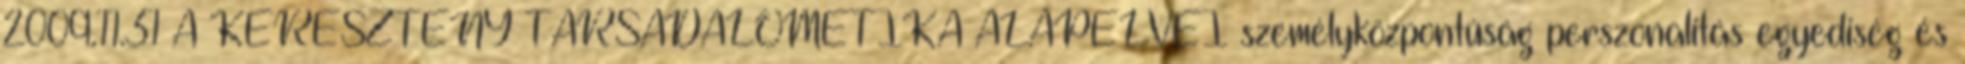
2009.11.31 A KERESZTÉNY TÁRSADALOMETIKA ALAPELVEI személyközpontúság perszonalitás egyediség és